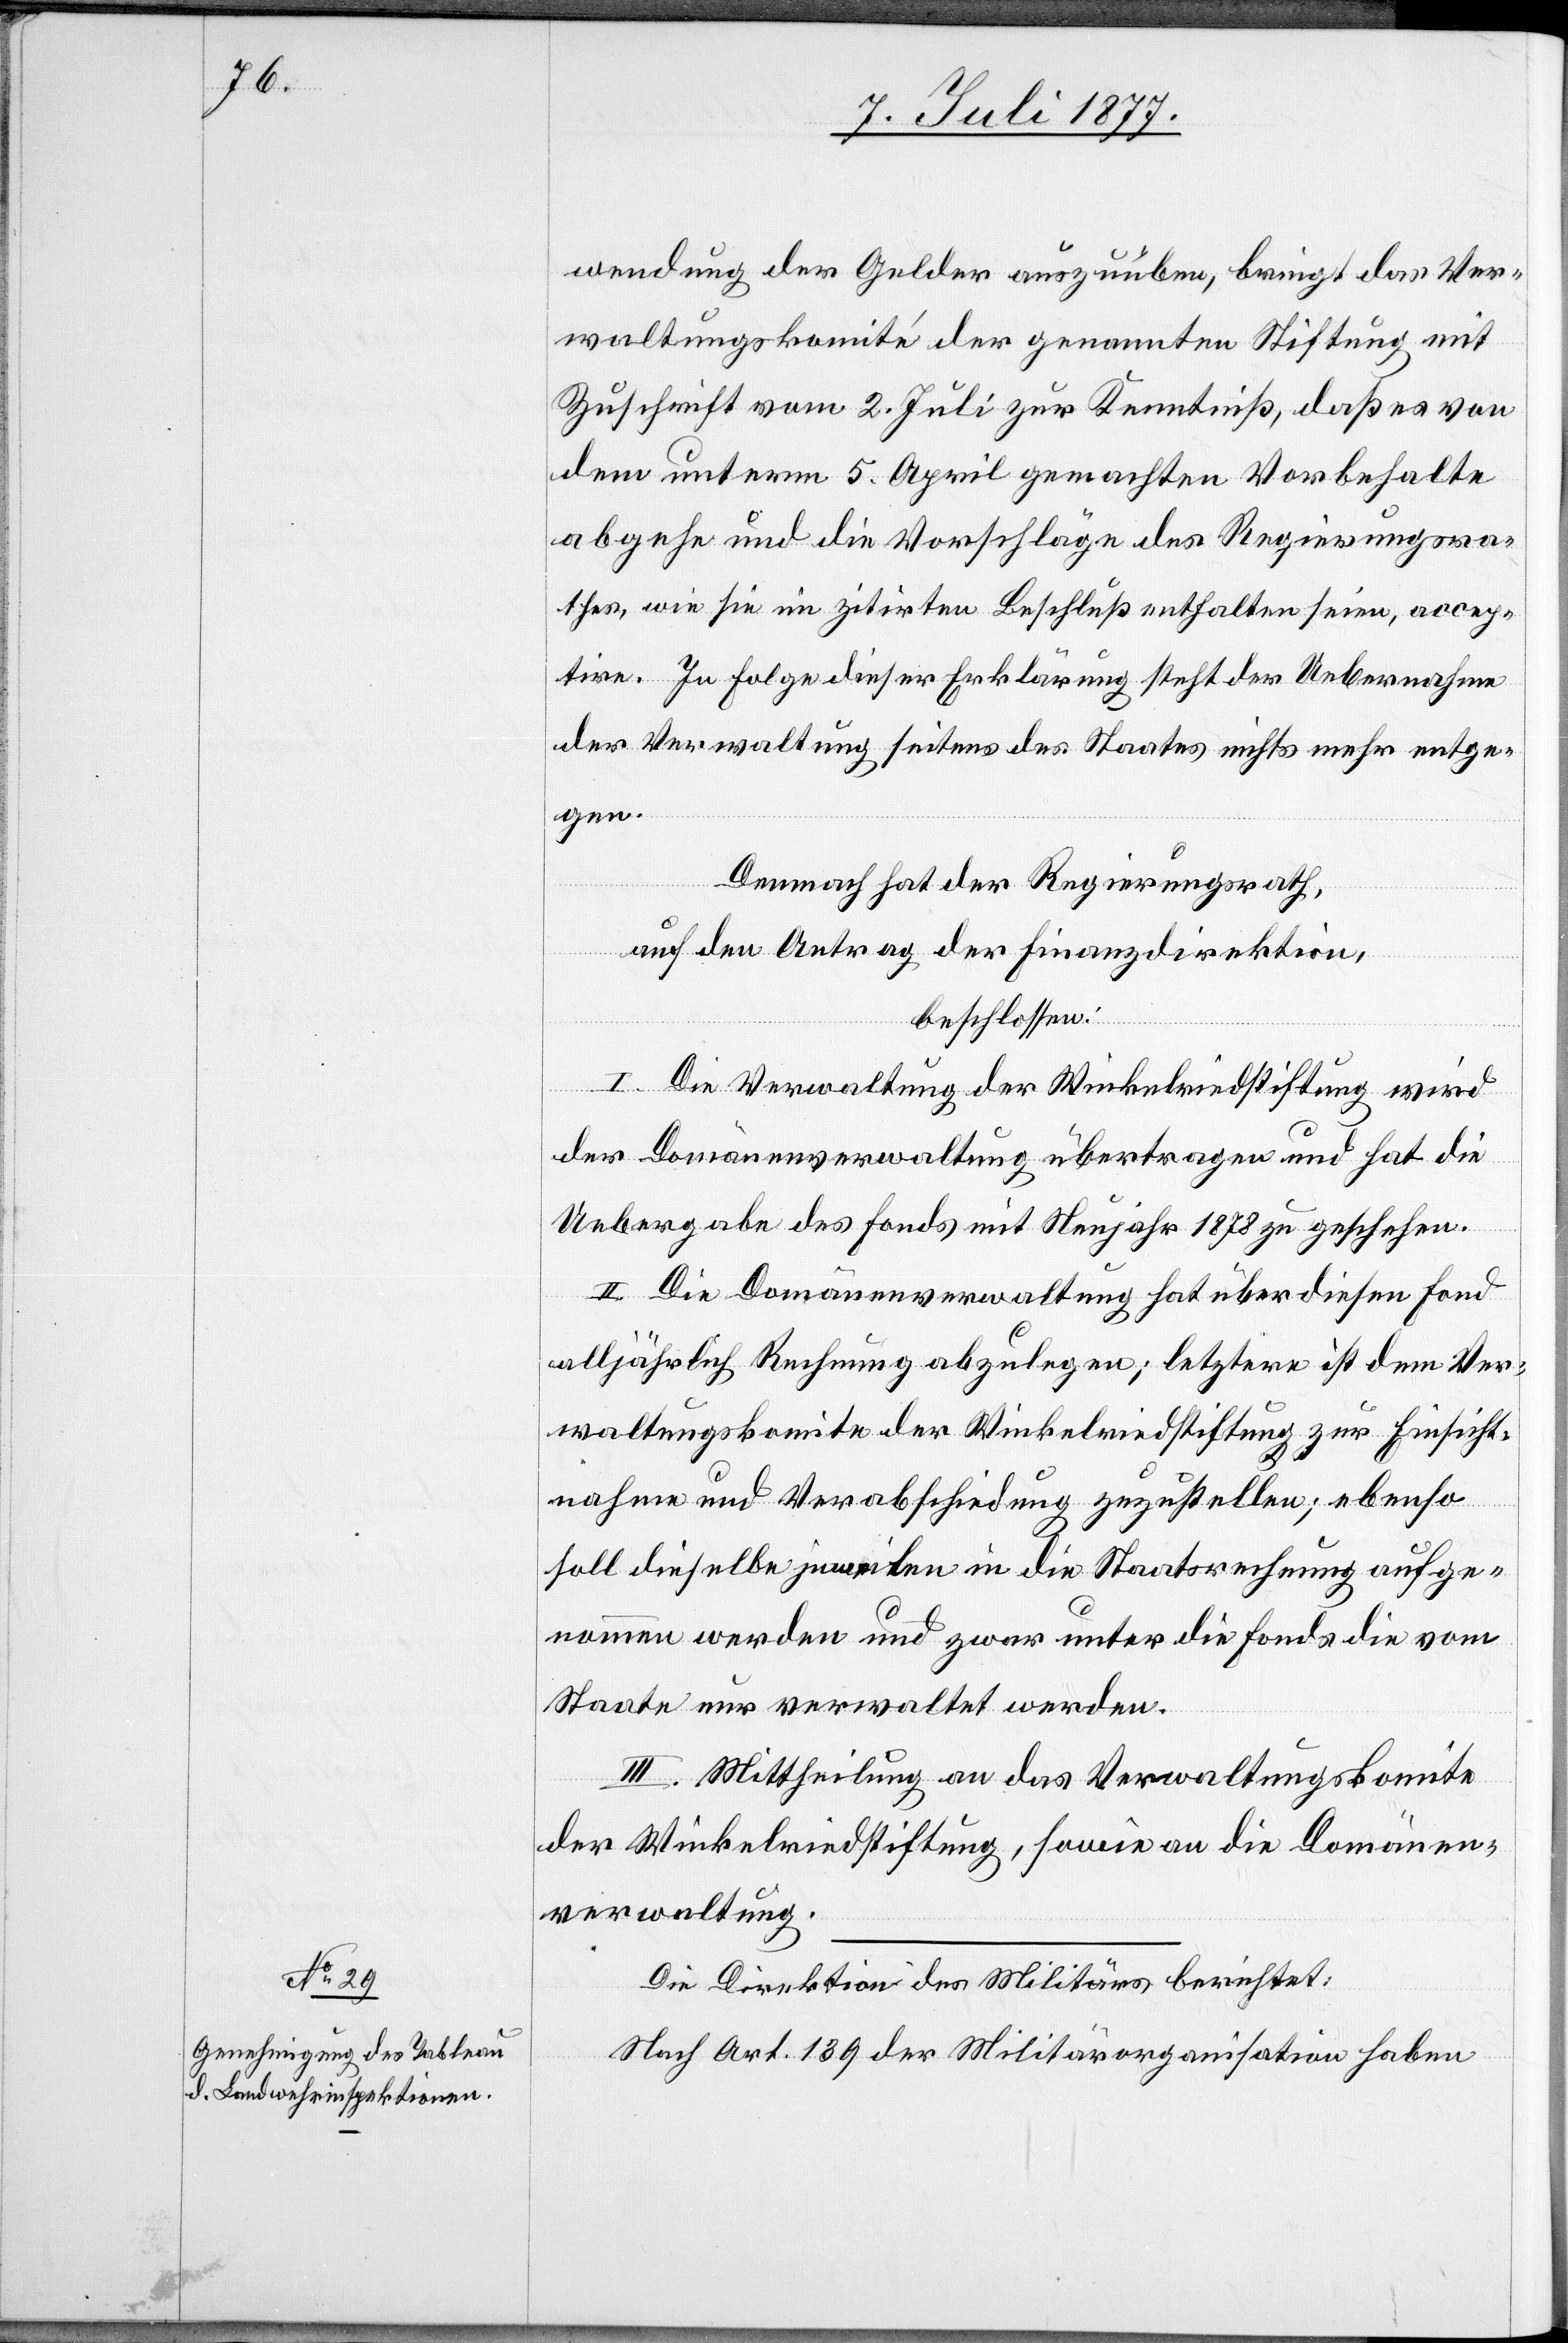
wendung der Gelder auszuüben, bringt das Ver¬
waltungskomité der genannten Stiftung mit
Zuschrift vom 2. Juli zur Kenntniß, daß es von
dem unterm 5. April gemachten Vorbehalte
abgehe und die Vorschläge des Regierungsra¬
thes, wie sie im zitirten Beschluß enthalten seien, accep¬
tire. In Folge dieser Erklärung steht der Uebernahme
der Verwaltung seitens des Staates nichts mehr entge¬
gen.
Demnach hat der Regierungsrath,
auf den Antrag der Finanzdirektion,
beschlossen:
I. Die Verwaltung der Winkelriedstiftung wird
der Domänenverwaltung übertragen und hat die
Uebergabe des Fonds mit Neujahr 1878 zu geschehen.
II. Die Domänenverwaltung hat über diesen Fond
alljährlich Rechnung abzulegen; letztere ist dem Ver¬
waltungskomite der Winkelriedstiftung zur Einsicht¬
nahme und Verabschiedung zuzustellen; ebenso
soll dieselbe jeweilen in die Staatsrechnung aufge¬
nommen werden und zwar unter die Fonds die vom
Staate nur verwaltet werden.
III. Mittheilung an das Verwaltungskomite
der Winkelriedstiftung, sowie an die Domänen¬
verwaltung.
Die Direktion des Militärs berichtet:
Nach Art. 139 der Militärorganisation haben